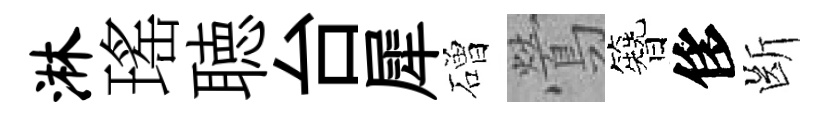
淋瑤聴台犀磳鶯簪侈㫁